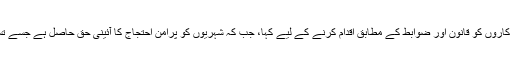
صدر نے پولیس اہل کاروں کو قانون اور ضوابط کے مطابق اقدام کرنے کے لیے کہا، جب کہ شہریوں کو پُرامن احتجاج کا آئینی حق حاصل ہے جسے تسلیم کیا جانا چاہیئے۔